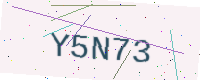
Text: Y5N73